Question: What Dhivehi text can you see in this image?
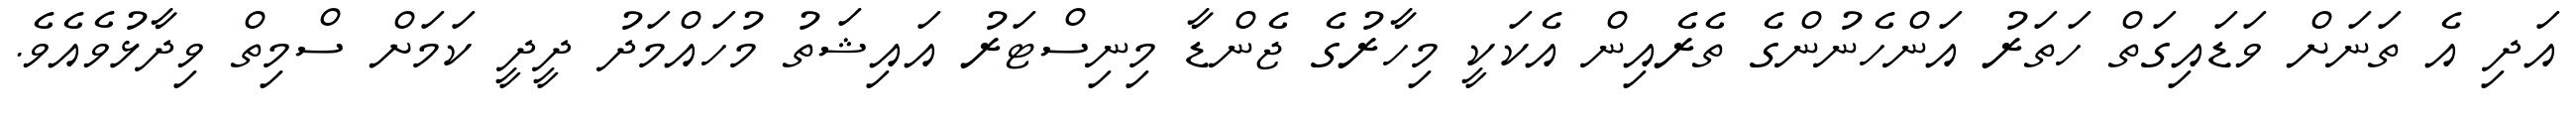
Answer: އަދި އެ ތަނަށް ވަޑައިގަތް ހަތަރު އަންހެނުންގެ ތެރެއިން އެކަކީ މިހާރުގެ ޖެންޑާ މިނިސްޓަރު އައިޝަތު މުހައްމަދު ދީދީ ކަމަށް ސްމިތް ވިދާޅުވެއެވެ.